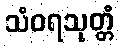
သံဝရသုတ္တံ